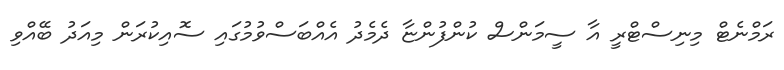
ރަމްނެޓް މިނިސްޓްރީ އާ ސީމަންސް ކުންފުންޏާ ދެމެދު އެއްބަސްވުމުގައި ސޮއިކުރަން މިއަދު ބޭއްވި